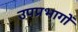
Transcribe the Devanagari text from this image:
उपप्रभागों